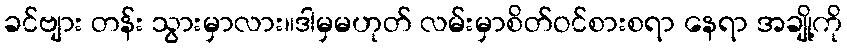
ခင်ဗျား တန်း သွားမှာလား။ဒါမှမဟုတ် လမ်းမှာစိတ်ဝင်စားစရာ နေရာ အချို့ကို